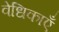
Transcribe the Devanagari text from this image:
वेधिकाएँ